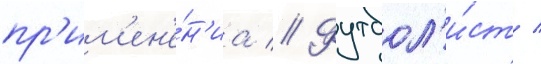
пр'им'ен'е́н'иа // Футбол'и́ст /